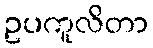
ဥပကူလိတာ